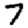
Digit: 7